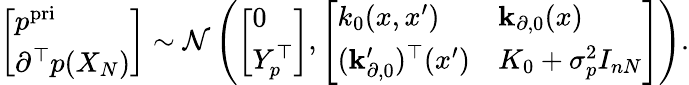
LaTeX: \begin{array}{r}{\left[\begin{array}{l}{p^{\mathrm{pri}}}\\ {\partial^{\top}p(X_{N})}\end{array}\right]\sim{\mathcal N}\left(\left[\begin{array}{l}{0}\\ {Y_{p}^{\top}}\end{array}\right],\left[\begin{array}{ll}{k_{0}(x,x^{\prime})}&{{\mathbf k}_{\partial,0}(x)}\\ {({\mathbf k}_{\partial,0}^{\prime})^{\top}(x^{\prime})}&{K_{0}+\sigma_{p}^{2}I_{nN}}\end{array}\right]\right).}\end{array}